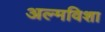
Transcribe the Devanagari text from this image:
अल्मविशा